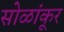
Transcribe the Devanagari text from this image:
सोळांकूर